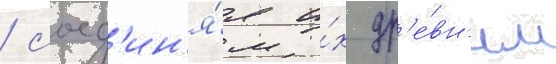
/ соед'ин'я́я и́х др'е́вн'им